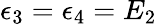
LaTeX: {\epsilon_{3}=\epsilon_{4}=E_{2}}